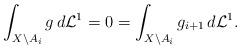
LaTeX: \begin{align*}\int_{X\setminus A_i}g\,d\mathcal L^1 =0=\int_{X\setminus A_i}g_{i+1}\,d\mathcal L^1 .\end{align*}